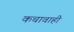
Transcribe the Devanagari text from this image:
कचावाही